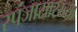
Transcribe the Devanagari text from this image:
स्पंजासारख्या